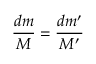
\frac { d m } { M } = \frac { d m ^ { \prime } } { M ^ { \prime } }